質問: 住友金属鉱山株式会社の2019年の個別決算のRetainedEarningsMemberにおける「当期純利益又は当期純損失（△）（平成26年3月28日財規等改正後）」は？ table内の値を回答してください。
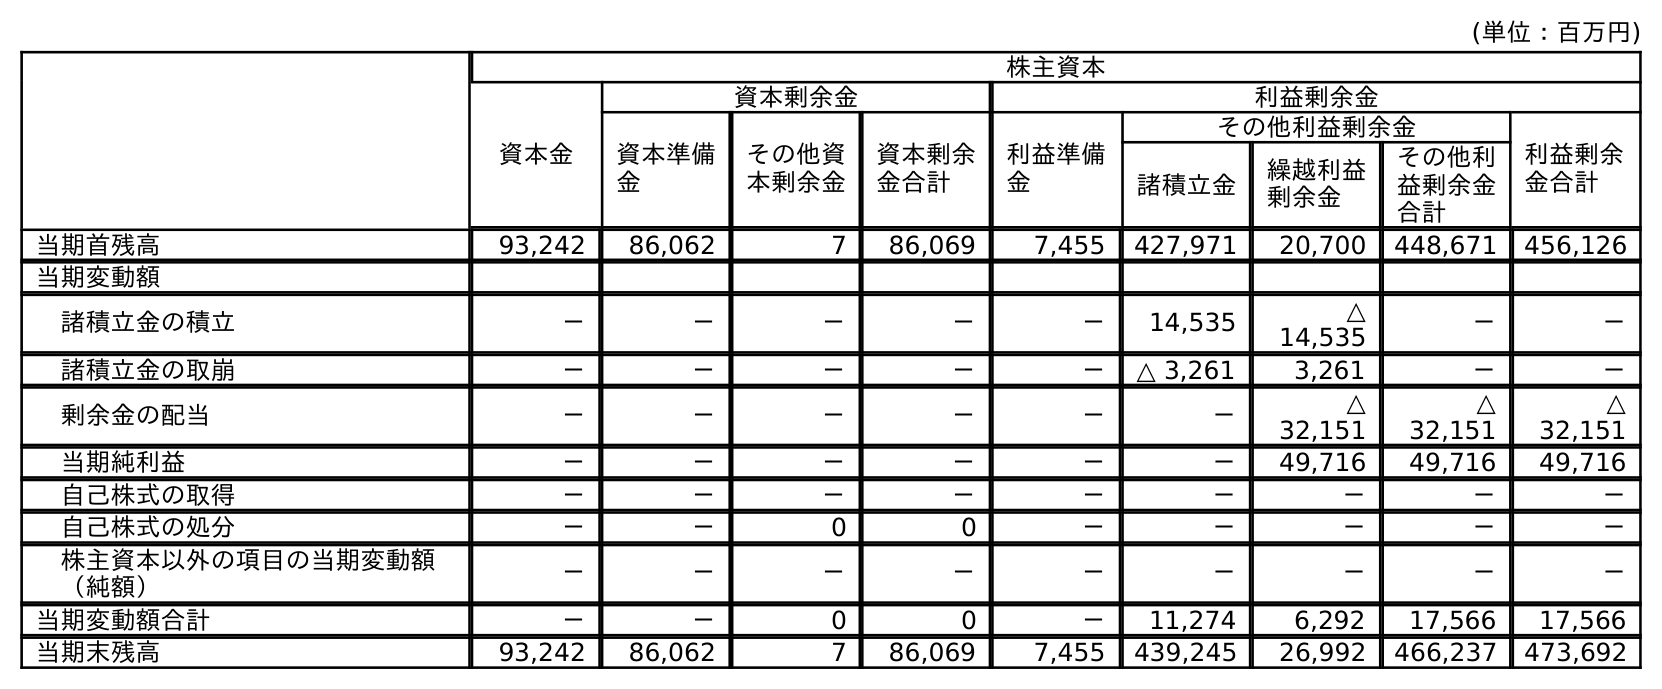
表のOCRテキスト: (単位：百万円) 株主資本 資本金 資本剰余金 利益剰余金 資本準備 金 その他資 本剰余金 資本剰余 金合計 利益準備 金 その他利益剰余金 利益剰余 金合計 諸積立金 繰越利益 剰余金 その他利 益剰余金 合計 当期首残高 93,242 86,062 7 86,069 7,455 427,971 20,700 448,671 456,126 当期変動額 諸積立金の積立 － － － － － 14,535 △ 14,535 － － 諸積立金の取崩 － － － － － △ 3,261 3,261 － － 剰余金の配当 － － － － － － △ 32,151 △ 32,151 △ 32,151 当期純利益 － － － － － － 49,716 49,716 49,716 自己株式の取得 － － － － － － － － － 自己株式の処分 － － 0 0 － － － － － 株主資本以外の項目の当期変動額 （純額） － － － － － － － － － 当期変動額合計 － － 0 0 － 11,274 6,292 17,566 17,566 当期末残高 93,242 86,062 7 86,069 7,455 439,245 26,992 466,237 473,692
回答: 49,716